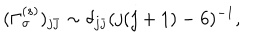
LaTeX: ( \Gamma _ { \sigma } ^ { ( s ) } ) _ { j \bar { \jmath } } \sim \delta _ { j \bar { \jmath } } ( j ( j + 1 ) - 6 ) ^ { - 1 } ,